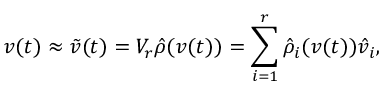
v ( t ) \approx \ensuremath { \tilde { v } } ( t ) = V _ { r } \ensuremath { \hat { \rho } } ( v ( t ) ) = \sum _ { i = 1 } ^ { r } \ensuremath { \hat { \rho } } _ { i } ( v ( t ) ) \ensuremath { \hat { v } } _ { i } ,